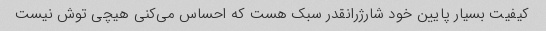
کیفیت بسیار پایین خود شارژرانقدر سبک هست که احساس می‌کنی هیچی توش نیست